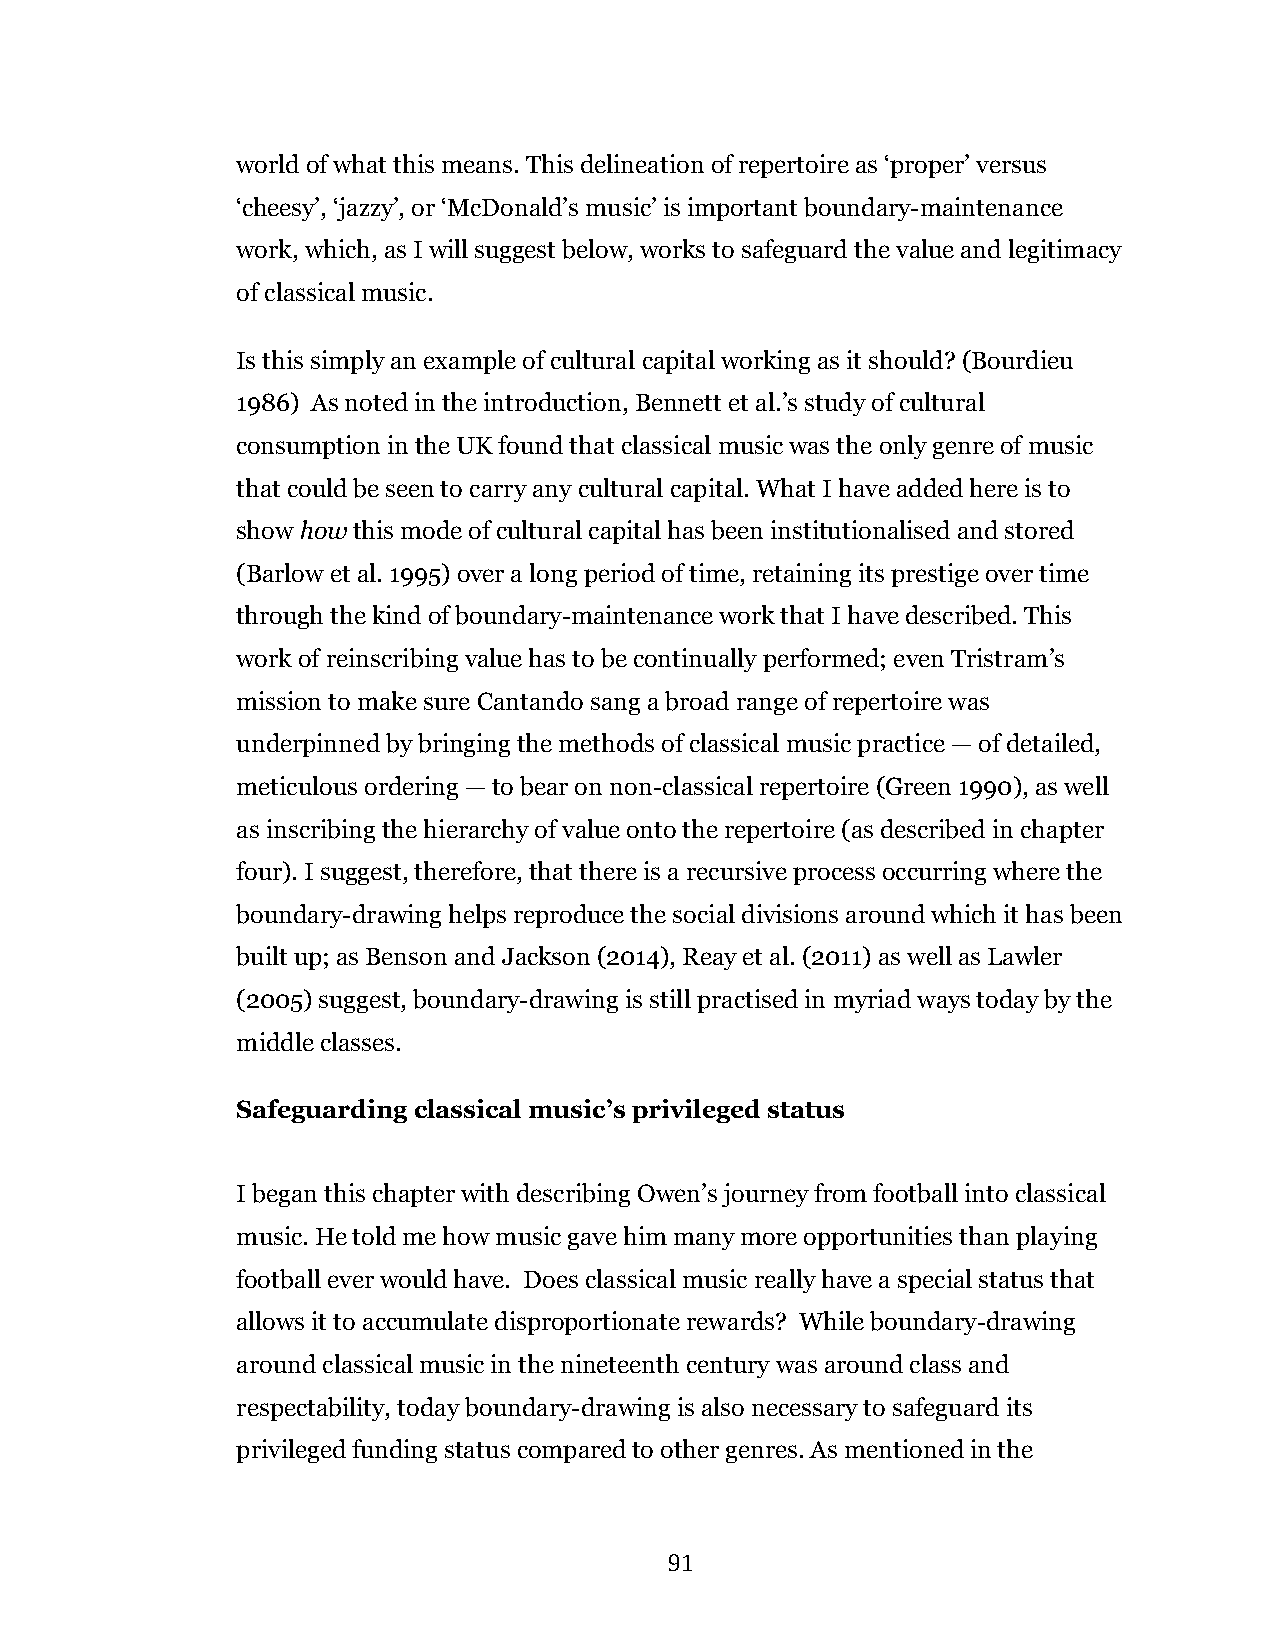
world of what this means. This delineation of repertoire as ‘proper’ versus
 ‘cheesy’, ‘jazzy’, or ‘McDonald’s music’ is important boundary-maintenance
 work, which, as I will suggest below, works to safeguard the value and legitimacy
 of classical music.
 Is this simply an example of cultural capital working as it should? (Bourdieu
 1986) As noted in the introduction, Bennett et al.’s study of cultural
 consumption in the UK found that classical music was the only genre of music
 that could be seen to carry any cultural capital. What I have added here is to
 show how this mode of cultural capital has been institutionalised and stored
 (Barlow et al. 1995) over a long period of time, retaining its prestige over time
 through the kind of boundary-maintenance work that I have described. This
 work of reinscribing value has to be continually performed; even Tristram’s
 mission to make sure Cantando sang a broad range of repertoire was
 underpinned by bringing the methods of classical music practice — of detailed,
 meticulous ordering — to bear on non-classical repertoire (Green 1990), as well
 as inscribing the hierarchy of value onto the repertoire (as described in chapter
 four). I suggest, therefore, that there is a recursive process occurring where the
 boundary-drawing helps reproduce the social divisions around which it has been
 built up; as Benson and Jackson (2014), Reay et al. (2011) as well as Lawler
 (2005) suggest, boundary-drawing is still practised in myriad ways today by the
 middle classes.
 Safeguarding classical music’s privileged status
 I began this chapter with describing Owen’s journey from football into classical
 music. He told me how music gave him many more opportunities than playing
 football ever would have. Does classical music really have a special status that
 allows it to accumulate disproportionate rewards? While boundary-drawing
 around classical music in the nineteenth century was around class and
 respectability, today boundary-drawing is also necessary to safeguard its
 privileged funding status compared to other genres. As mentioned in the
 91